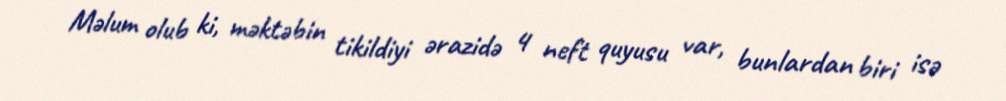
Məlum olub ki, məktəbin tikildiyi ərazidə 4 neft quyusu var, bunlardan biri isə